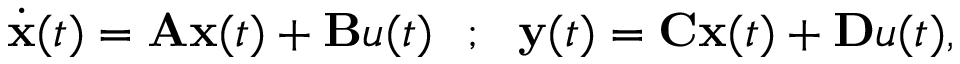
\begin{array} { r } { \dot { \mathbf { x } } ( t ) = \mathbf { A } \mathbf { x } ( t ) + \mathbf { B } u ( t ) \ \ ; \ \ \mathbf { y } ( t ) = \mathbf { C } \mathbf { x } ( t ) + \mathbf { D } u ( t ) , } \end{array}